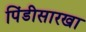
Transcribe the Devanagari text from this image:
पिंडीसारखा